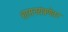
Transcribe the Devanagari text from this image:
शासनयंत्रणेवर